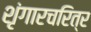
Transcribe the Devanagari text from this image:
शृंगारचरित्र